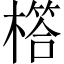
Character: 㯚